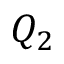
Q _ { 2 }